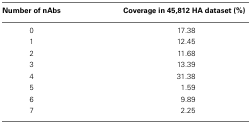
| Number of nAbs | Coverage in 45,812 HA dataset (%) |
 | --- | --- |
 | 0 | 17.38 |
 | 1 | 12.45 |
 | 2 | 11.68 |
 | 3 | 13.39 |
 | 4 | 31.38 |
 | 5 | 1.59 |
 | 6 | 9.89 |
 | 7 | 2.25 |